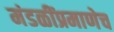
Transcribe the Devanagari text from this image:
मंडळींप्रमाणेच